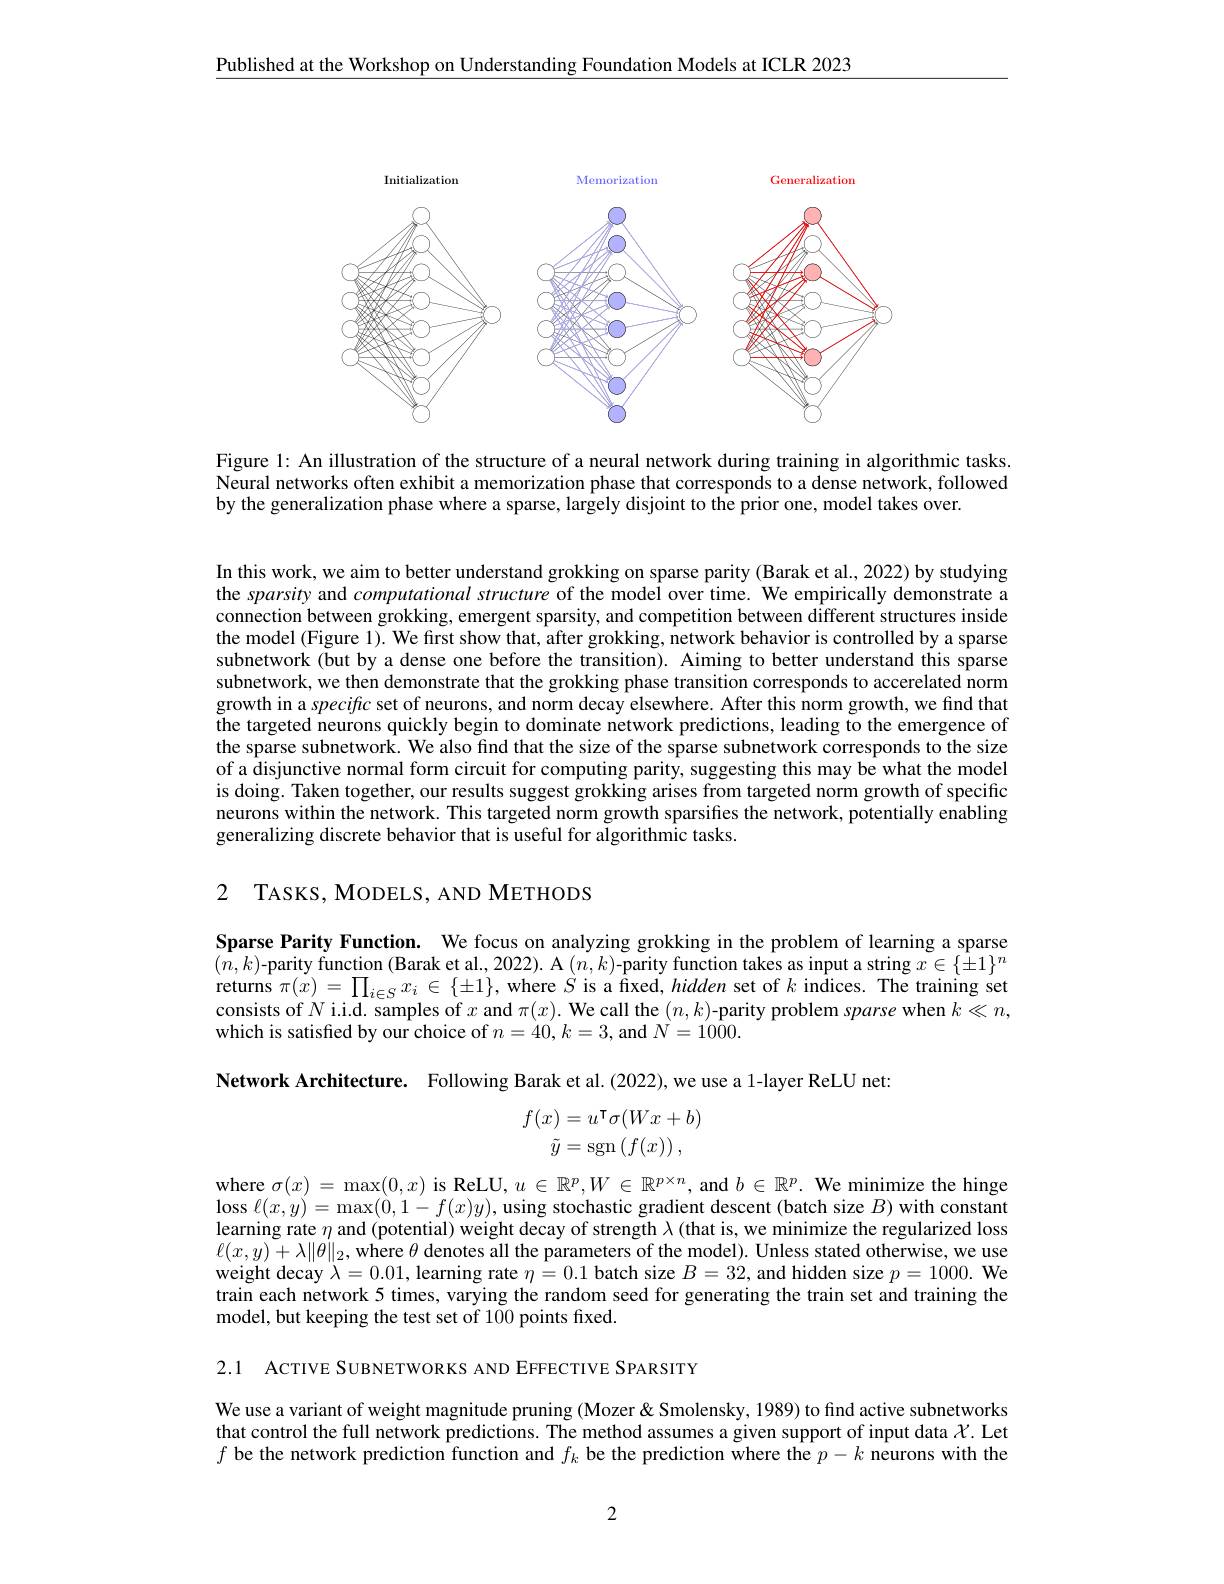
$\underline{\text{Published at the Workshop on Understanding Foundation Models at ICLR 2023}}$

<FigureHere>

Figure 1: An illustration of the structure of a neural network during training in algorithmic tasks. Neural networks often exhibit a memorization phase that corresponds to a dense network, followed by the generalization phase where a sparse, largely disjoint to the prior one, model takes over.

In this work, we aim to better understand grokking on sparse parity (Barak et al., 2022) by studying the sparsity and computational structure of the model over time. We empirically demonstrate a connection between grokking, emergent sparsity, and competition between different structures inside the model (Figure 1). We first show that, after grokking, network behavior is controlled by a sparse subnetwork (but by a dense one before the transition). Aiming to better understand this sparse subnetwork, we then demonstrate that the grokking phase transition corresponds to accerelated norm growth in a specific set of neurons, and norm decay elsewhere. After this norm growth, we find that the targeted neurons quickly begin to dominate network predictions, leading to the emergence of the sparse subnetwork. We also find that the size of the sparse subnetwork corresponds to the size of a disjunctive normal form circuit for computing parity, suggesting this may be what the model is doing. Taken together, our results suggest grokking arises from targeted norm growth of specific neurons within the network. This targeted norm growth sparsifes the network, potentially enabling generalizing discrete behavior that is useful for algorithmic tasks.

2 TASKS, MODELS, AND METHODS

Sparse Parity Function. We focus on analyzing grokking in the problem of learning a sparse $(\bar{n},k)$-parity function (Barak et al., 2022). A $(n,k)$-parity function takes as input a string $x\in\{\pm1\}^n$ returns $\pi(x)=\prod_{i\in S}x_{i}\in\{\pm1\}$, where $S$ is a fixed, hidden set of $k$ indices. The training set consists of $N$ i.i.d. samples of $x$ and $\pi ( x) . \textbf{ We call the }( n, k)$-parity problem sparse when $k\ll n$, which is satisfied by our choice of $n=40,k=3$, and $N=1000.$

Network Architecture. Following Barak et al.(2022), we use a 1-layer ReLU net:
$$\begin{aligned}f(x)&=u^{\intercal}\sigma(Wx+b)\\\tilde{y}&=\operatorname{sgn}\left(f(x)\right),\end{aligned}$$
where $\sigma ( x) = \max ( 0, x)$ is ReLU, $u\in \mathbb{R} ^p, W\in \mathbb{R} ^{p\times n}$, and $b\in \mathbb{R} ^p.$ We minimize the hinge where $\sigma ( x) = \max ( 0, x)$ is ReLU, $u\in \mathbb{R} ^p, W\in \mathbb{R} ^p.$ and $b\in \mathbb{R} ^p.$ We minimize the hinge $\operatorname*{loss}\ell(x,y)=\operatorname*{max}(0,1-f(x)y)$,using stochastic gradient descent (batch size $B)$ with constant learning rate $\eta$ and (potential) weight decay of strength $\lambda$ (that is, we minimize the regularized loss $\ell(x,y)+\lambda\|\theta\|_{2}$, where $\theta$ denotes all the parameters of the model). Unless stated otherwise, we use weight decay $\lambda=0.01$, learning rate $\eta=0.1$ batch size $B=32$, and hidden size $p= 1000. \textbf{We}$ train each network 5 times, varying the random seed for generating the train set and training the model, but keeping the test set of 100 points fixed.

2.1 ACTIVE SUBNETWORKS AND EFFECTIVE SPARSITY

We use a variant of weight magnitude pruning (Mozer & Smolensky, 1989) to find active subnetworks that control the full network predictions. The method assumes a given support of input data $\mathcal{X}$.Let $f$ be the network prediction function and $f_k$ be the prediction where the $p-k$ neurons with the

2